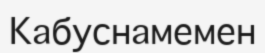
Кабуснамемен